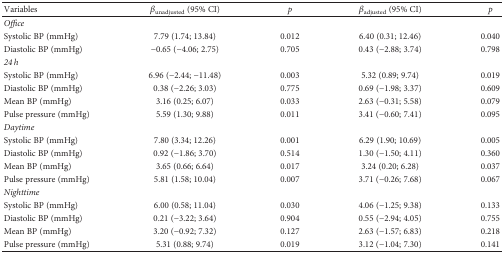
<table><thead><tr><td><b>Variables</b></td><td><b><i>β</i><sub>unadjusted</sub> (95% CI)</b></td><td><b><i>p</i></b></td><td><b><i>β</i><sub>adjusted</sub> (95% CI)</b></td><td><b><i>p</i></b></td></tr></thead><tbody><tr><td><i>Office</i></td><td></td><td></td><td></td><td></td></tr><tr><td>Systolic BP (mmHg)</td><td>7.79 (1.74; 13.84)</td><td>0.012</td><td>6.40 (0.31; 12.46)</td><td>0.040</td></tr><tr><td>Diastolic BP (mmHg)</td><td>−0.65 (−4.06; 2.75)</td><td>0.705</td><td>0.43 (−2.88; 3.74)</td><td>0.798</td></tr><tr><td><i>24 h</i></td><td></td><td></td><td></td><td></td></tr><tr><td>Systolic BP (mmHg)</td><td>6.96 (−2.44; −11.48)</td><td>0.003</td><td>5.32 (0.89; 9.74)</td><td>0.019</td></tr><tr><td>Diastolic BP (mmHg)</td><td>0.38 (−2.26; 3.03)</td><td>0.775</td><td>0.69 (−1.98; 3.37)</td><td>0.609</td></tr><tr><td>Mean BP (mmHg)</td><td>3.16 (0.25; 6.07)</td><td>0.033</td><td>2.63 (−0.31; 5.58)</td><td>0.079</td></tr><tr><td>Pulse pressure (mmHg)</td><td>5.59 (1.30; 9.88)</td><td>0.011</td><td>3.41 (−0.60; 7.41)</td><td>0.095</td></tr><tr><td><i>Daytime</i></td><td></td><td></td><td></td><td></td></tr><tr><td>Systolic BP (mmHg)</td><td>7.80 (3.34; 12.26)</td><td>0.001</td><td>6.29 (1.90; 10.69)</td><td>0.005</td></tr><tr><td>Diastolic BP (mmHg)</td><td>0.92 (−1.86; 3.70)</td><td>0.514</td><td>1.30 (−1.50; 4.11)</td><td>0.360</td></tr><tr><td>Mean BP (mmHg)</td><td>3.65 (0.66; 6.64)</td><td>0.017</td><td>3.24 (0.20; 6.28)</td><td>0.037</td></tr><tr><td>Pulse pressure (mmHg)</td><td>5.81 (1.58; 10.04)</td><td>0.007</td><td>3.71 (−0.26; 7.68)</td><td>0.067</td></tr><tr><td><i>Nighttime</i></td><td></td><td></td><td></td><td></td></tr><tr><td>Systolic BP (mmHg)</td><td>6.00 (0.58; 11.04)</td><td>0.030</td><td>4.06 (−1.25; 9.38)</td><td>0.133</td></tr><tr><td>Diastolic BP (mmHg)</td><td>0.21 (−3.22; 3.64)</td><td>0.904</td><td>0.55 (−2.94; 4.05)</td><td>0.755</td></tr><tr><td>Mean BP (mmHg)</td><td>3.20 (−0.92; 7.32)</td><td>0.127</td><td>2.63 (−1.57; 6.83)</td><td>0.218</td></tr><tr><td>Pulse pressure (mmHg)</td><td>5.31 (0.88; 9.74)</td><td>0.019</td><td>3.12 (−1.04; 7.30)</td><td>0.141</td></tr></tbody></table>